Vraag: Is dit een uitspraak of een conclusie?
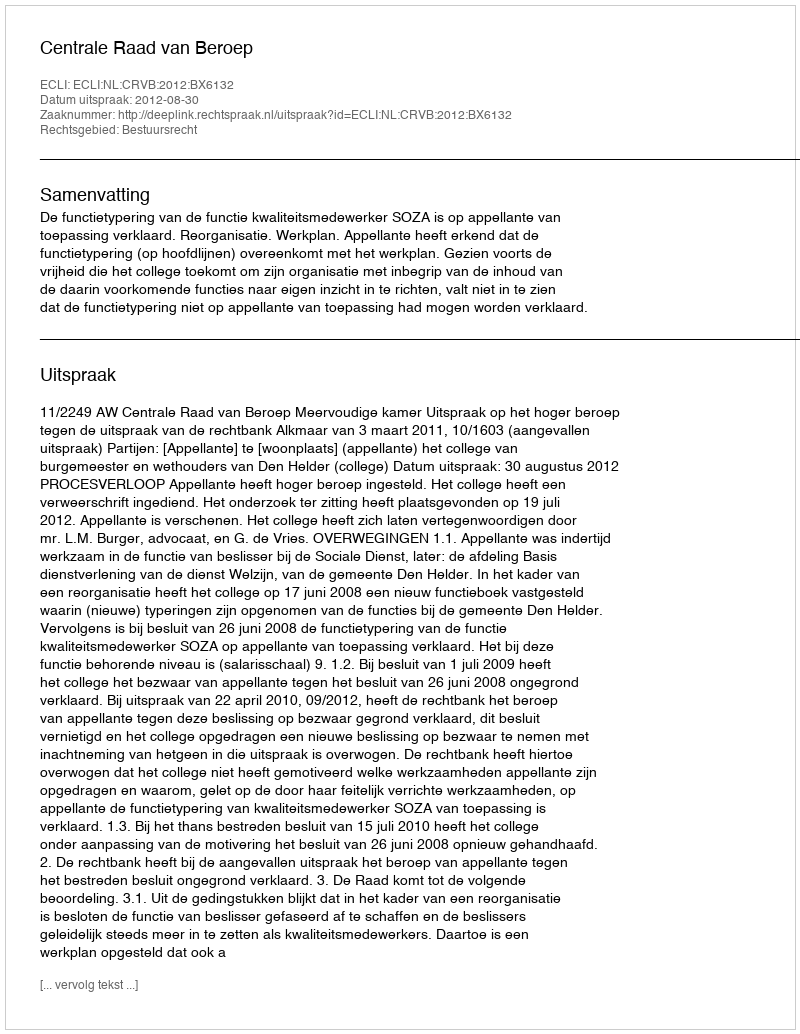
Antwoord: Uitspraak